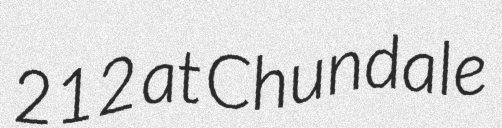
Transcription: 212 at Chundale